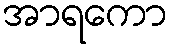
အာရကော